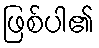
ဖြစ်ပါ၏